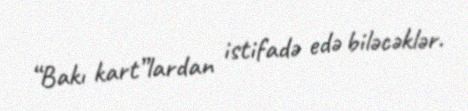
“Bakı kart”lardan istifadə edə biləcəklər.